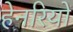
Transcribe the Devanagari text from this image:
हेनरियों